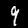
Label: 9